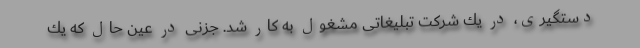
دستگیری، در یك شركت تبلیغاتی مشغول به كار شد. جزنی در عین حال كه یك